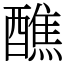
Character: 醮